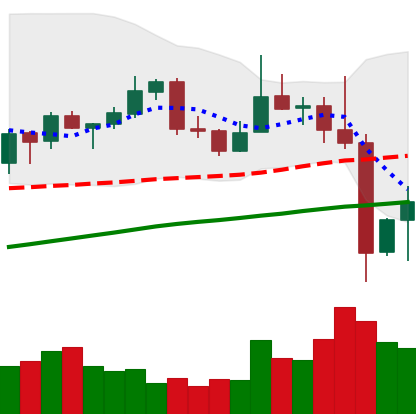
Ticker: XLM-USD
Chart end date: 2019-06-29
Forward return: -12.907%
Label: down_7plus